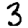
Digit: 3